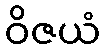
ဝိဇယံ